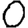
Digit: 0